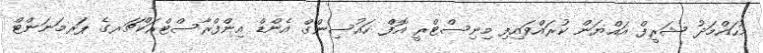
މުހައްމަދު ޝަރީފް އައްޔަން ކުރައްވައިފި މިނިސްޓްރީ އޮފްް ހައުސިންގް އެންޑް އިންފްރާސްޓްރަކްޗަރގެ ޕަރމަނަންޓް